Taavet_Bergmanni_abiraha_sihtasutus, lk 10
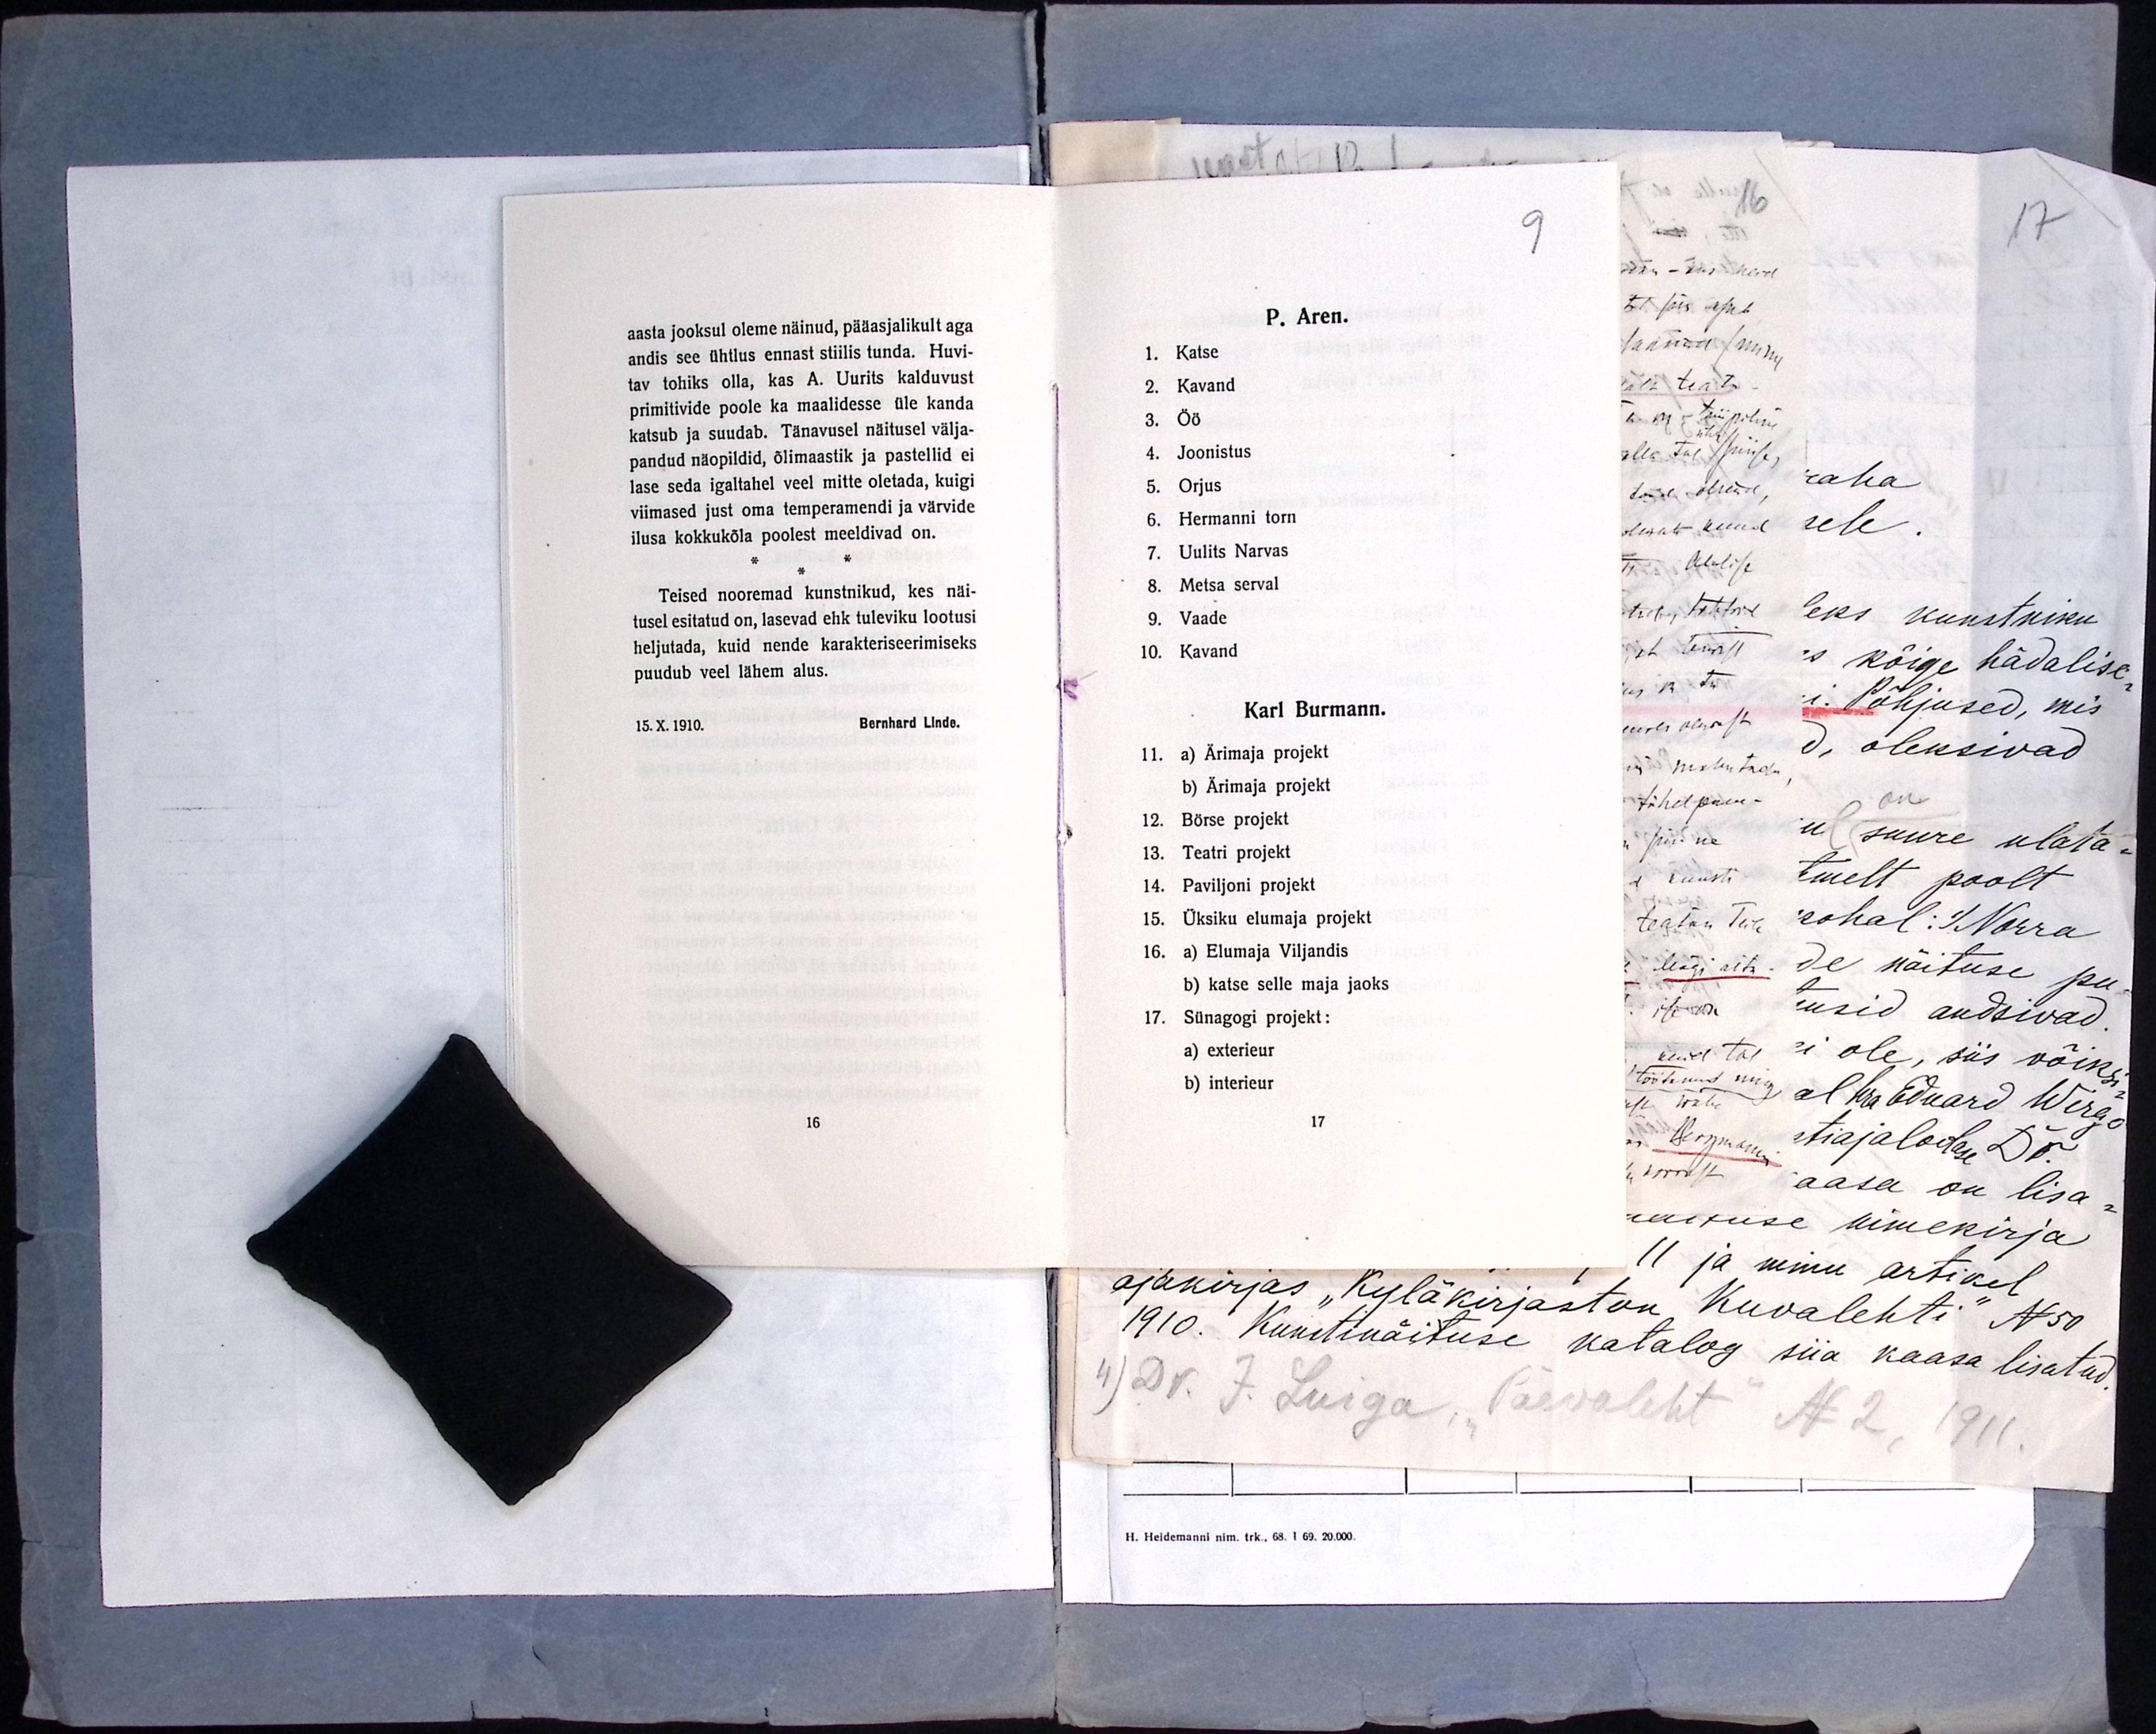
aasta jooksul oleme näinud, pääasjalikult aga
andis see ühtlus ennast stiilis tunda. Huvi-
tav tohiks olla, kas A. Uurits kalduvust
primitivide poole ka maalidesse üle kanda
katsub ja suudab. Tänavusel näitusel välja-
pandud näopildid, õlimaastik ja pastellid ei
lase seda igaltahel veel mitte oletada, kuigi
viimased just oma temperamendi ja värvide
ilusa kokkukõla poolest meeldivad on.
Teised nooremad kunstnikud, kes näi-
tusel esitatud on, lasevad ehk tuleviku lootusi
heljutada, kuid nende karakteriseerimiseks
puudub veel lähem alus.
15.X.1910.
Bernhard Linde

9
P. Aren.
1. Katse
2. Kavand
3. Öö
4. Joonistus
5. Orjus
6. Hermanni torn
7. Uulits Narvas
8. Metsa serval
9. Vaade
10. Kavand
Karl Burmann.
11. a) Ärimaja projekt
b) Ärimaja projekt
12. Börse projekt
13. Teatri projekt
14. Paviljoni projekt
15. Üksiku elumaja projekt
16. a) Elumaja Viljandis
b) katse selle maja jaoks
17. Sünagogi projekt:
a) exterieur
b) interieur
17